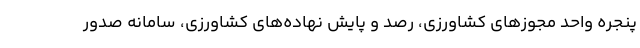
پنجره واحد مجوزهای کشاورزی، رصد و پایش نهاده‌های کشاورزی، سامانه صدور